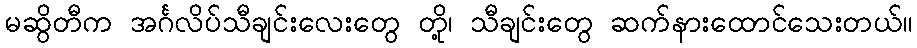
မဆွိတီက အင်္ဂလိပ်သီချင်းလေးတွေ တို့၊ သီချင်းတွေ ဆက်နားထောင်သေးတယ်။